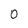
Character: 0